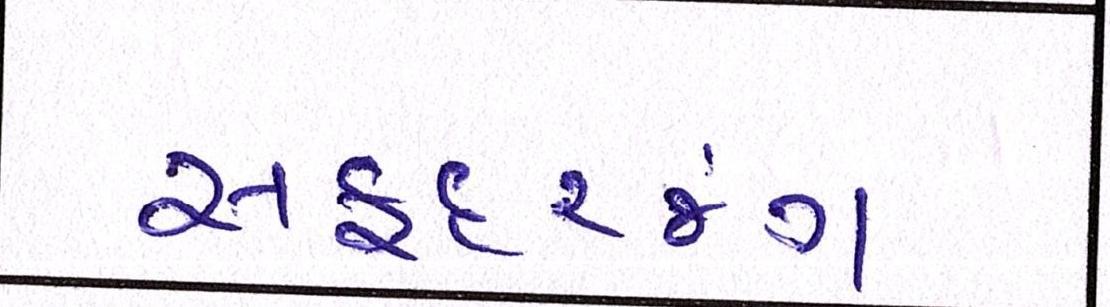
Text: સફદરજંગ